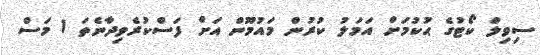
ސިވިލް ކޯޓުގެ ޙުކުމަށް އަމަލު ކުރުން މައުމޫން އަށް ފަސްކުރެވިދާނެތަ 1 މަސް